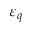
\varepsilon _ { q }